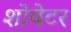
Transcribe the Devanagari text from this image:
शोवेटर